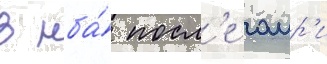
в нба́ посл'е омр'и